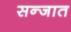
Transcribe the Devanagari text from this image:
सन्जात